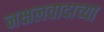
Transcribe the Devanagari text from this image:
नक्षलवादाच्या